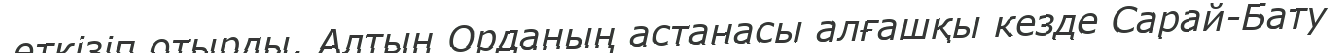
өткізіп отырды. Алтын Орданың астанасы алғашқы кезде Сарай-Бату